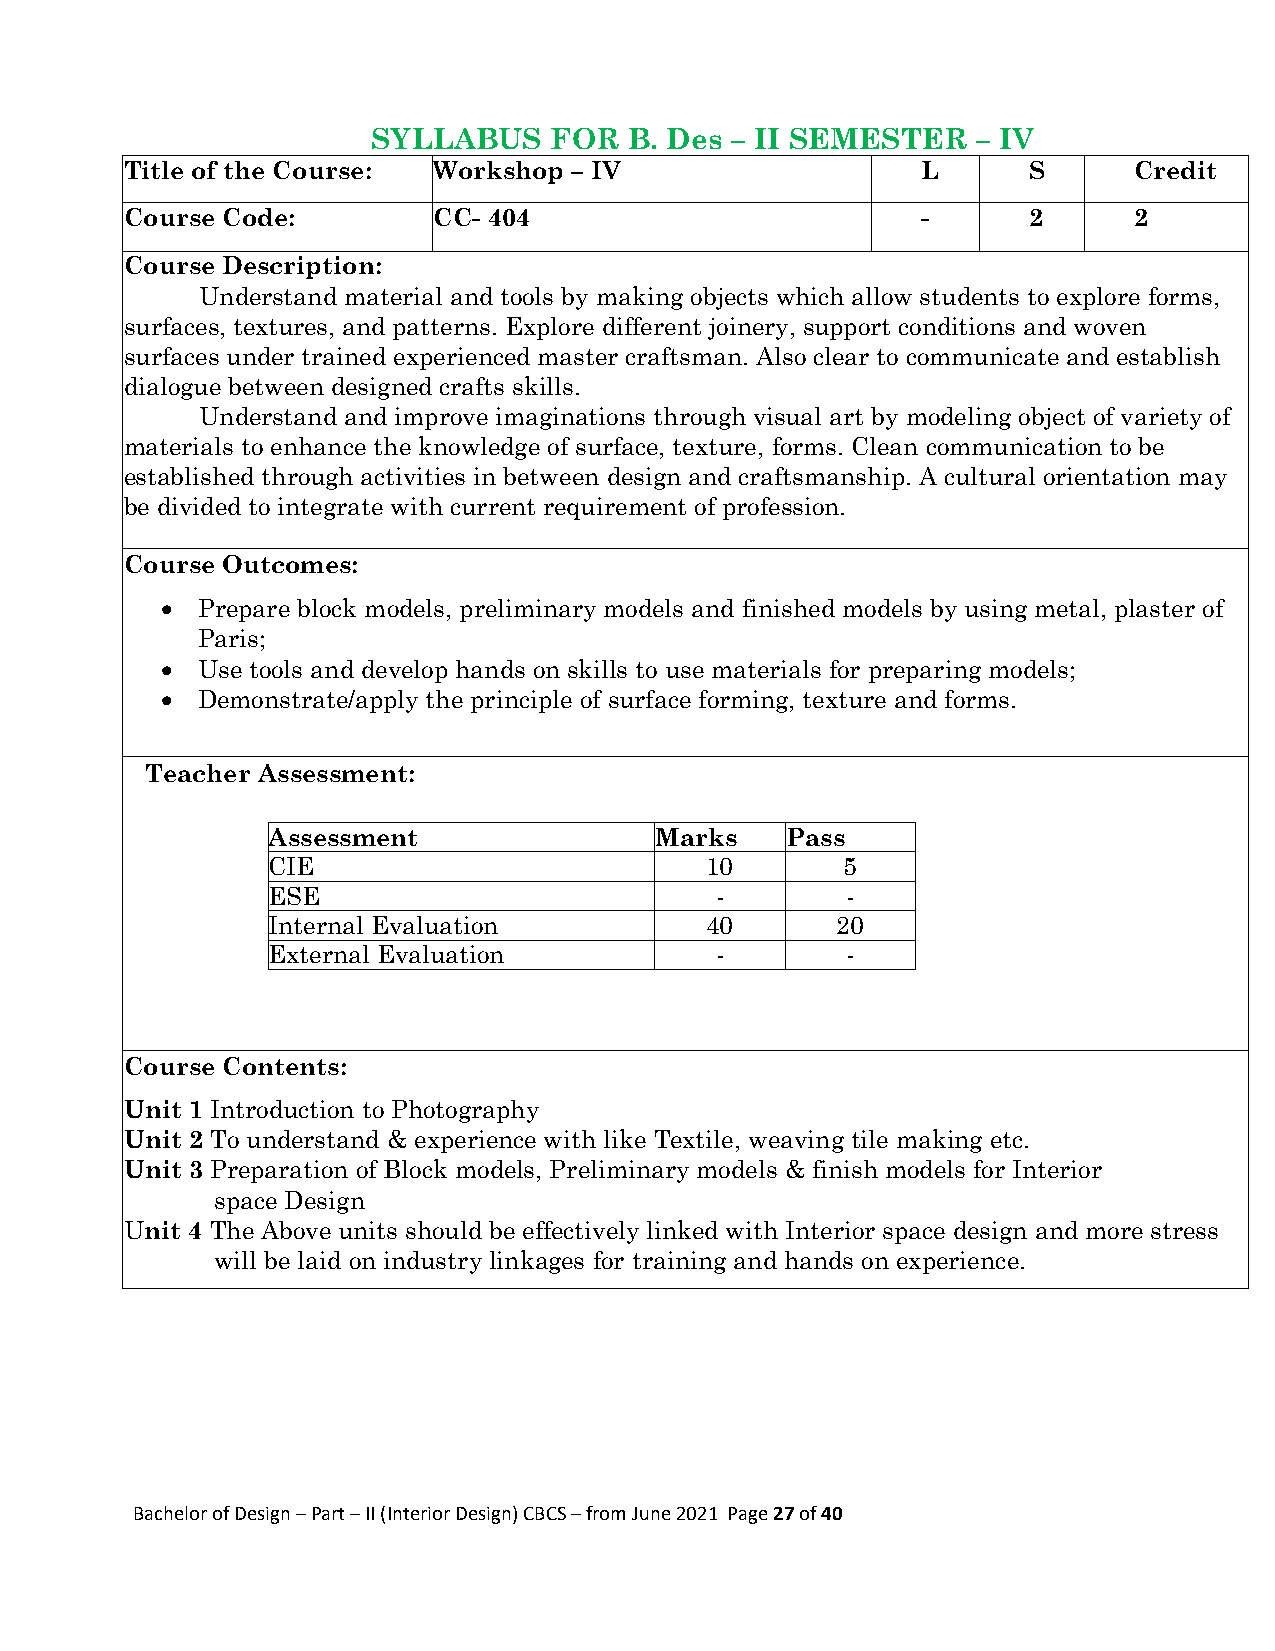
SYLLABUS   FOR   B. Des – II SEMESTER   – IV
 Title of the Course: Workshop – IV                   L      S      Credit
 Course Code:         CC- 404                         -      2      2
 Course Description:
 Understand material and tools by making objects which allow students to explore forms,
 surfaces, textures, and patterns. Explore different joinery, support conditions and woven
 surfaces under trained experienced master craftsman. Also clear to communicate and establish
 dialogue between designed crafts skills.
 Understand and improve imaginations through visual art by modeling object of variety of
 materials to enhance the knowledge of surface, texture, forms. Clean communication to be
 established through activities in between design and craftsmanship. A cultural orientation may
 be divided to integrate with current requirement of profession.
 Course Outcomes:
  Prepare block models, preliminary models and finished models by using metal, plaster of
 Paris;
  Use tools and develop hands on skills to use materials for preparing models;
  Demonstrate/apply the principle of surface forming, texture and forms.
 Teacher Assessment:
 Assessment               Marks    Pass
 CIE                          10       5
 ESE                          -        -
 Internal Evaluation          40      20
 External Evaluation          -        -
 Course Contents:
 Unit 1 Introduction to Photography
 Unit 2 To understand & experience with like Textile, weaving tile making etc.
 Unit 3 Preparation of Block models, Preliminary models & finish models for Interior
 space Design
 Unit 4 The Above units should be effectively linked with Interior space design and more stress
 will be laid on industry linkages for training and hands on experience.
 Bachelor of Design – Part – II (Interior Design) CBCS – from June 2021 Page 27 of 40